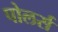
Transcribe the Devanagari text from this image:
पोलर्स